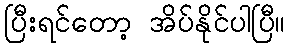
ပြီးရင်တော့ အိပ်နိုင်ပါပြီ။